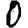
Digit: 0